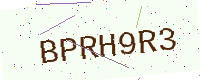
Text: BPRH9R3